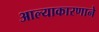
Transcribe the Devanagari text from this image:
आल्याकारणाने